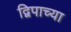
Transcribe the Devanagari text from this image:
द्विपाच्या